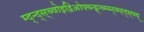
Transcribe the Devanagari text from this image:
म्द्न्द्स्च्वोइद्विओफ्च्न्द्ब्न्च्म्ब्न्व्म्ह्द्स्फ्य्